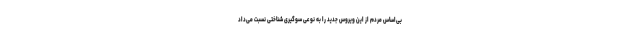
بی‌اساسِ مردم از این ویروس جدید را به نوعی سوگیری ‌شناختی نسبت می‌داد